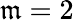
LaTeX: \mathfrak{m}=2